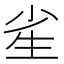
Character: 𰢫